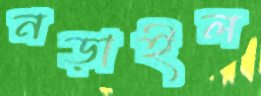
নড়াইল